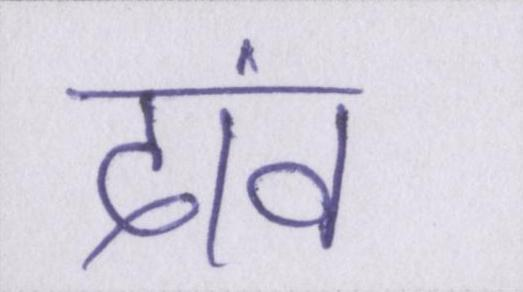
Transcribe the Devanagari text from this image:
दांव